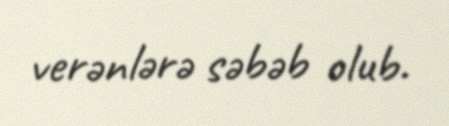
verənlərə səbəb olub.